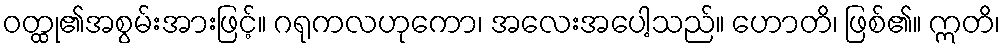
ဝတ္ထု၏အစွမ်းအားဖြင့်။ ဂရုကလဟုကော၊ အလေးအပေါ့သည်။ ဟောတိ၊ ဖြစ်၏။ ဣတိ၊